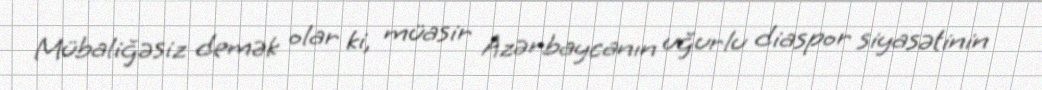
Mübaliğəsiz demək olar ki, müasir Azərbaycanın uğurlu diaspor siyasətinin